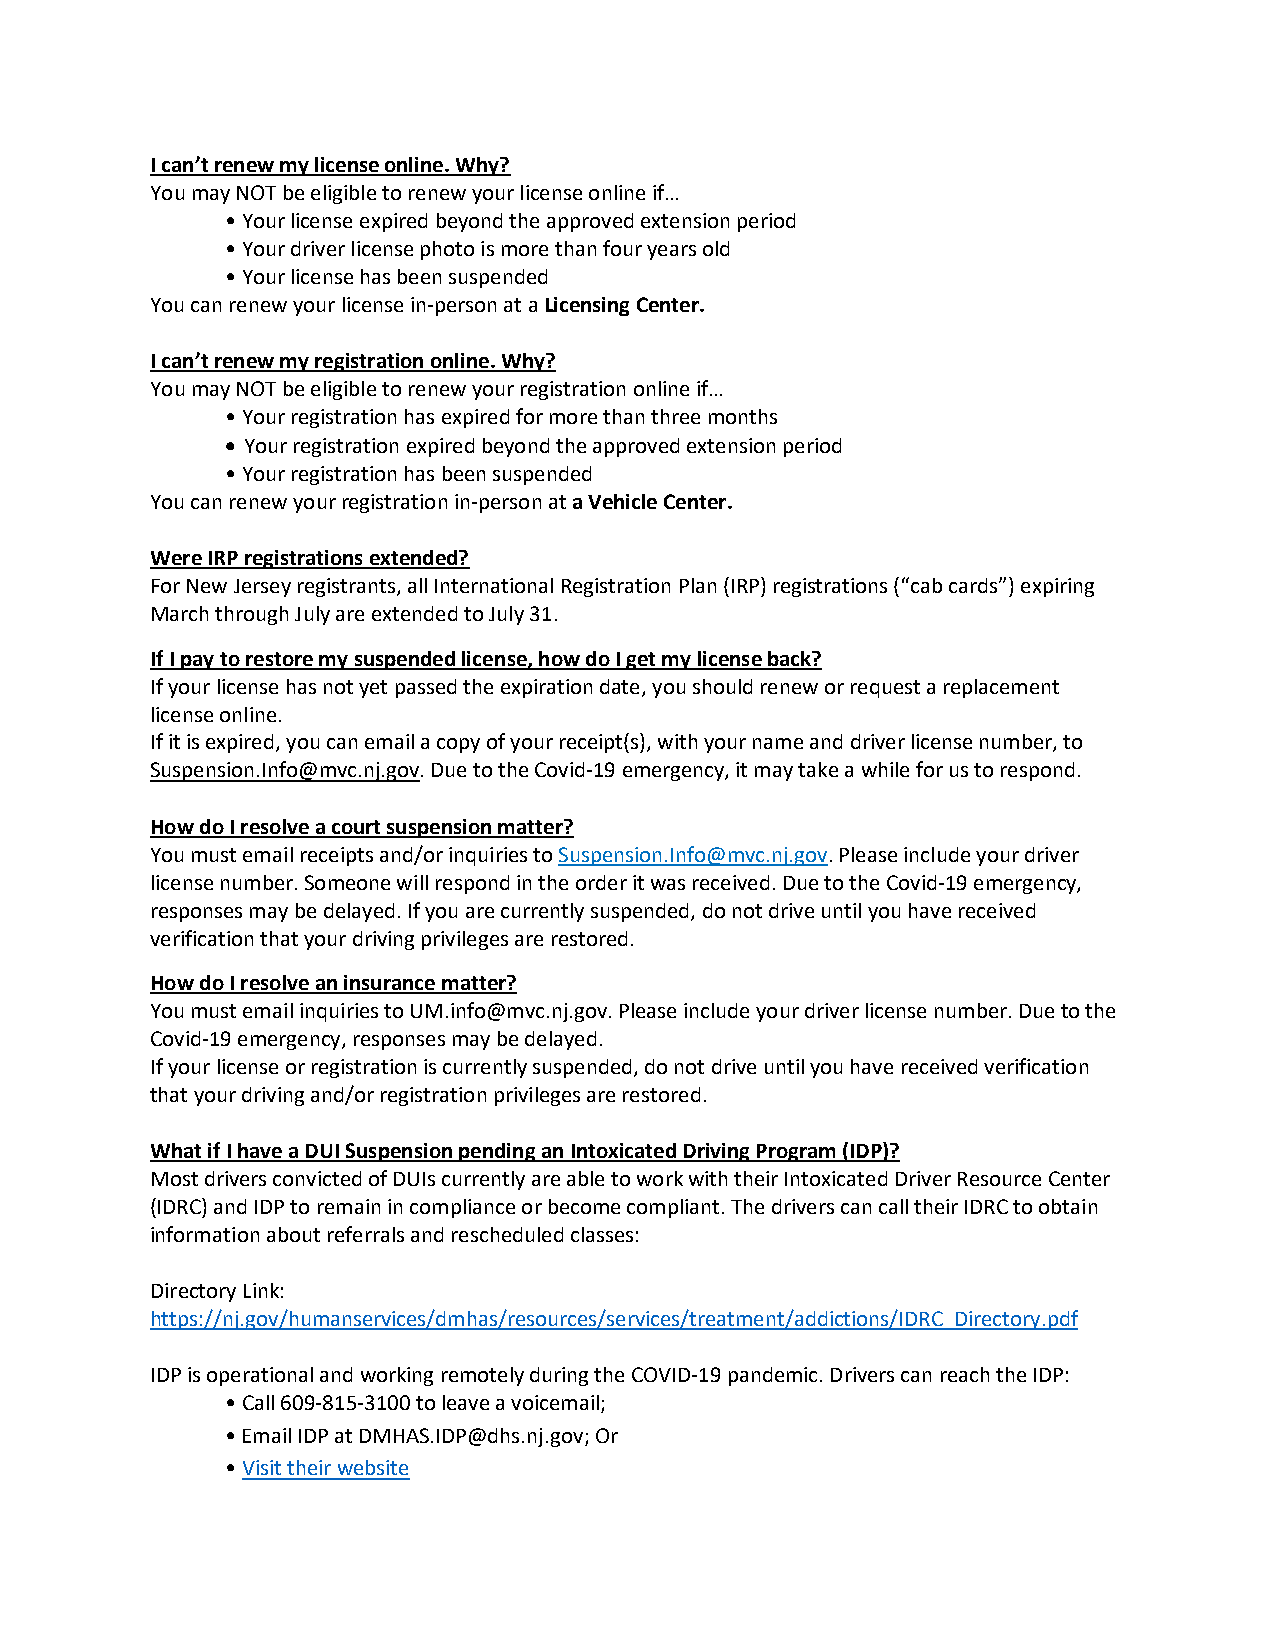
I can’t renew my license online. Why?
 You may NOT be eligible to renew your license online if…
 • Your license expired beyond the approved extension period
 • Your driver license photo is more than four years old
 • Your license has been suspended
 You can renew your license in-person at a Licensing Center.
 I can’t renew my registration online. Why?
 You may NOT be eligible to renew your registration online if…
 • Your registration has expired for more than three months
 • Your registration expired beyond the approved extension period
 • Your registration has been suspended
 You can renew your registration in-person at a Vehicle Center.
 Were IRP registrations extended?
 For New Jersey registrants, all International Registration Plan (IRP) registrations (“cab cards”) expiring
 March through July are extended to July 31.
 If I pay to restore my suspended license, how do I get my license back?
 If your license has not yet passed the expiration date, you should renew or request a replacement
 license online.
 If it is expired, you can email a copy of your receipt(s), with your name and driver license number, to
 Suspension.Info@mvc.nj.gov. Due to the Covid-19 emergency, it may take a while for us to respond.
 How do I resolve a court suspension matter?
 You must email receipts and/or inquiries to Suspension.Info@mvc.nj.gov. Please include your driver
 license number. Someone will respond in the order it was received. Due to the Covid-19 emergency,
 responses may be delayed. If you are currently suspended, do not drive until you have received
 verification that your driving privileges are restored.
 How do I resolve an insurance matter?
 You must email inquiries to UM.info@mvc.nj.gov. Please include your driver license number. Due to the
 Covid-19 emergency, responses may be delayed.
 If your license or registration is currently suspended, do not drive until you have received verification
 that your driving and/or registration privileges are restored.
 What if I have a DUI Suspension pending an Intoxicated Driving Program (IDP)?
 Most drivers convicted of DUIs currently are able to work with their Intoxicated Driver Resource Center
 (IDRC) and IDP to remain in compliance or become compliant. The drivers can call their IDRC to obtain
 information about referrals and rescheduled classes:
 Directory Link:
 https://nj.gov/humanservices/dmhas/resources/services/treatment/addictions/IDRC_Directory.pdf
 IDP is operational and working remotely during the COVID-19 pandemic. Drivers can reach the IDP:
 • Call 609-815-3100 to leave a voicemail;
 • Email IDP at DMHAS.IDP@dhs.nj.gov; Or
 • Visit their website